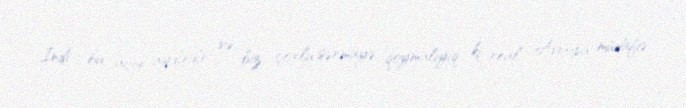
İndi bu açıq-aydındır və biz çoxlu sərmayə qoymalıyıq ki, real Avropa müdafiə